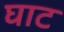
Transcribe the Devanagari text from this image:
घाट